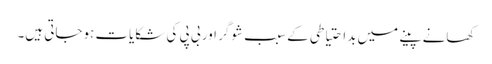
کھانے پینے میں بداحتیاطی کے سبب شوگر اور بی پی کی شکایات ہوجاتی ہیں۔